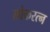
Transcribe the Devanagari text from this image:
लोकरत्न